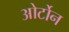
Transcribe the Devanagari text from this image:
ओर्टोन